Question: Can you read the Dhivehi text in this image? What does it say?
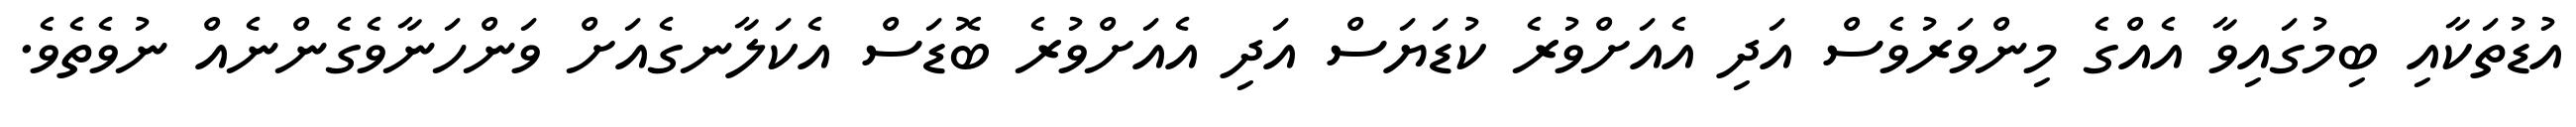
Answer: އުޑުތަކާއި ބިމުގައިވާ އެއްގެ މިންވަރުވެސް އަދި އެއަށްވުރެ ކުޑަޔަސް އަދި އެއަށްވުރެ ބޮޑަސް އެކަލާނގެއަށް ވަންހަނާވެގެންނެއް ނުވެތެވެ.